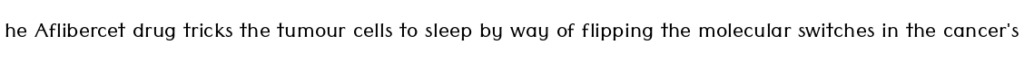
he Aflibercet drug tricks the tumour cells to sleep by way of flipping the molecular switches in the cancer's